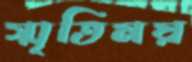
স্মৃতিময়